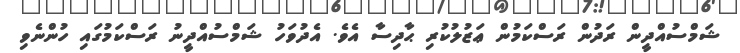
ޝަމްސުއްދީން ރަދުން ރަސްކަމުން ޢަޒުލުކުރި ޙާދިސާ އެވެ. އެދުވަހު ޝަމްސުއްދީނު ރަސްކަމުގައި ހުންނެވި